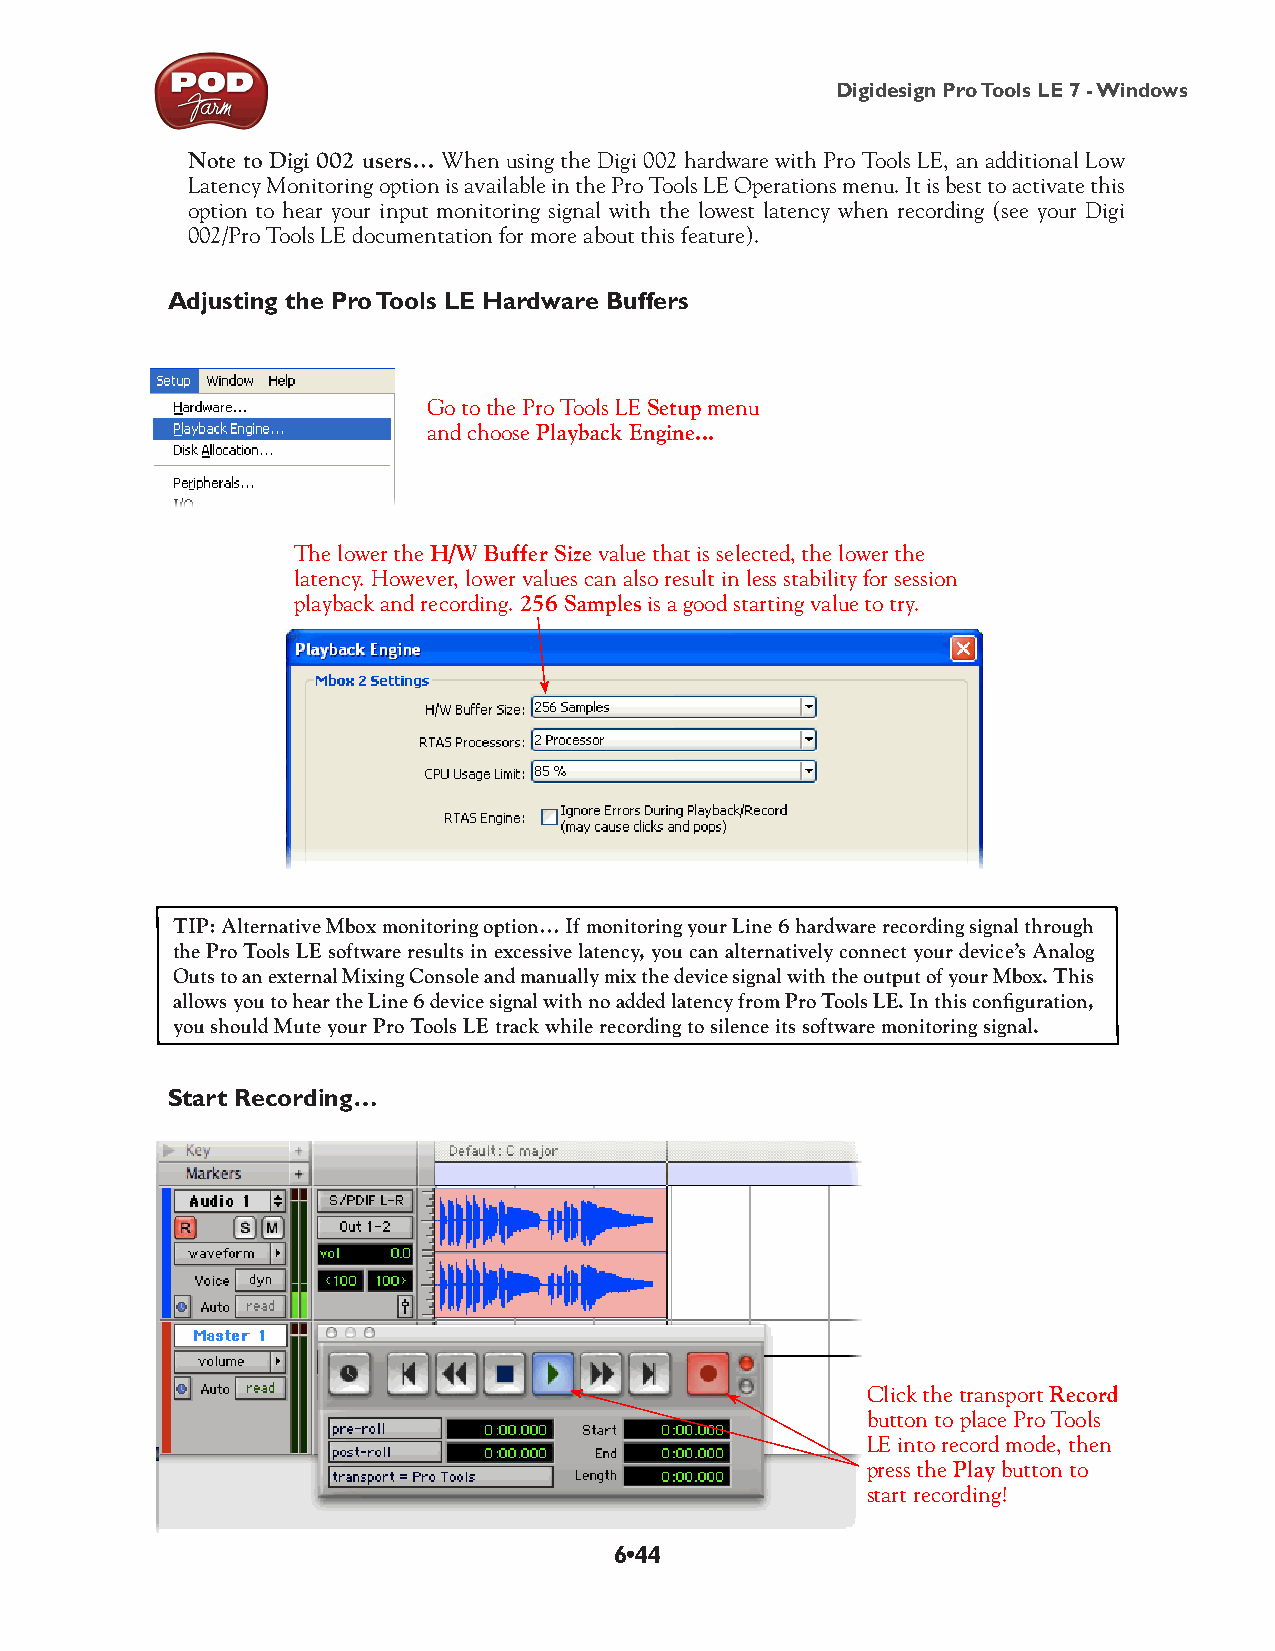
Digidesign Pro Tools LE 7 - Windows
 Note to Digi 002 users… When using the Digi 002 hardware with Pro Tools LE, an additional Low
 Latency Monitoring option is available in the Pro Tools LE Operations menu. It is best to activate this
 option to hear your input monitoring signal with the lowest latency when recording (see your Digi
 002/Pro Tools LE documentation for more about this feature).
 Adjusting the Pro Tools LE Hardware Buffers
 Go to the Pro Tools LE Setup menu
 and choose Playback Engine...
 The lower the H/W Buffer Size value that is selected, the lower the
 latency. However, lower values can also result in less stability for session
 playback and recording. 256 Samples is a good starting value to try.
 TIP: Alternative Mbox monitoring option… If monitoring your Line 6 hardware recording signal through
 the Pro Tools LE software results in excessive latency, you can alternatively connect your device’s Analog
 Outs to an external Mixing Console and manually mix the device signal with the output of your Mbox. This
 allows you to hear the Line 6 device signal with no added latency from Pro Tools LE. In this configuration,
 you should Mute your Pro Tools LE track while recording to silence its software monitoring signal.
 Start Recording…
 Click the transport Record
 button to place Pro Tools
 LE into record mode, then
 press the Play button to
 start recording!
 6•44